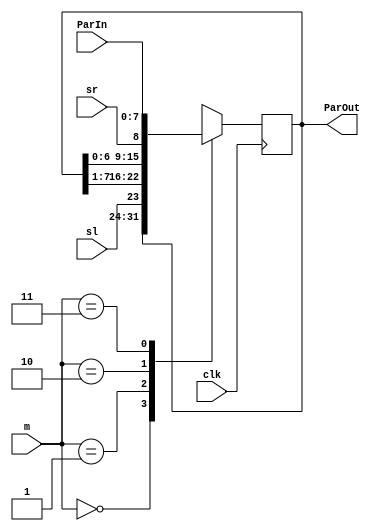
`timescale 1ns / 1ps
//////////////////////////////////////////////////////////////////////////////////
// Company: 
// Engineer: 
// 
// Design Name: 
// Module Name: UniSR
// Project Name: 
// Target Devices: 
// Tool Versions: 
// Description: 
// 
// Dependencies: 
// 
// Revision:
// Revision 0.01 - File Created
// Additional Comments:
// 
//////////////////////////////////////////////////////////////////////////////////


module UniSR(
    input sl,sr,clk,input[7:0] ParIn,
    input[1:0] m,
    output reg [7:0] ParOut
    );
    always@(posedge clk) begin
        case(m)
            0:ParOut<=ParOut;
            1:ParOut<={sl,ParOut[7:1]};
            2:ParOut<={ParOut[6:0],sr};
            3:ParOut<=ParIn;
            default:ParOut<=8'bX;
        endcase
    end
endmodule